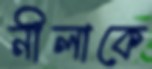
নীলাকে